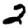
Digit: 2